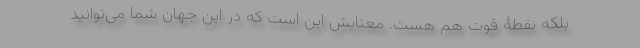
بلکه نقطۀ قوت هم هست. معنایش این است که در این جهان شما می‌توانید